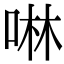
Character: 啉